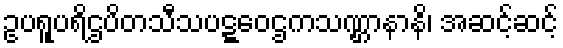
ဥပရူပရိဌပိတသီသပဋ္ဋဝေဌကသဏ္ဌာနာနိ၊ အဆင့်ဆင့်